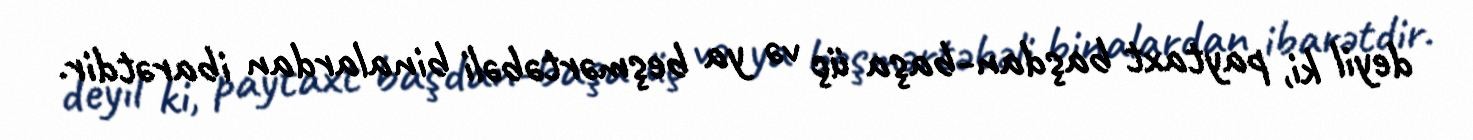
deyil ki, paytaxt başdan-başa üç və ya beşmərtəbəli binalardan ibarətdir.